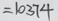
= 1 0 3 7 4